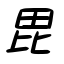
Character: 毘